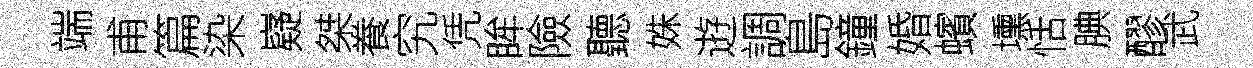
端甫篇染嶷桀飬究凭眸險聽姝逰調島鐘婚蠙壎恬腆醪武